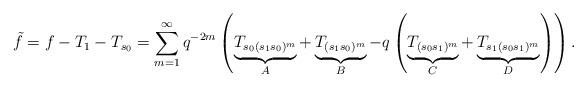
LaTeX: \begin{align*}\tilde{f}=f-T_1-T_{s_0}=\sum_{m=1}^{\infty}q^{-2m}\left(\underbrace{T_{s_0(s_1s_0)^m}}_{A}+\underbrace{T_{(s_1s_0)^m}}_{B}-q\left(\underbrace{T_{(s_0s_1)^m}}_{C}+\underbrace{T_{s_1(s_0s_1)^m}}_{D}\right)\right).\end{align*}